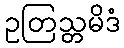
ဥတြသ္တမိဒံ